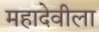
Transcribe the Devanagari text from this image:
महादेवीला